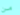
من